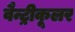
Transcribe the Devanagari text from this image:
वैन्ट्रीकूलर